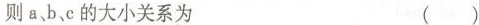
则a、b、c的大小关系为 ()